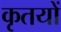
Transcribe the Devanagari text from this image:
कृतयों